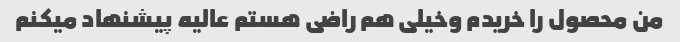
من محصول را خریدم وخیلی هم راضی هستم عالیه پیشنهاد میکنم